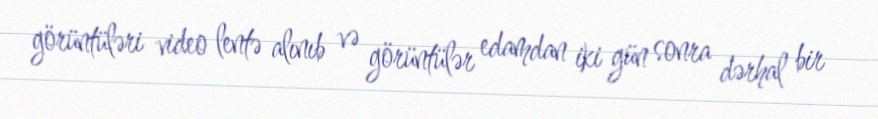
görüntüləri video lentə alınıb və görüntülər edamdan iki gün sonra dərhal bir